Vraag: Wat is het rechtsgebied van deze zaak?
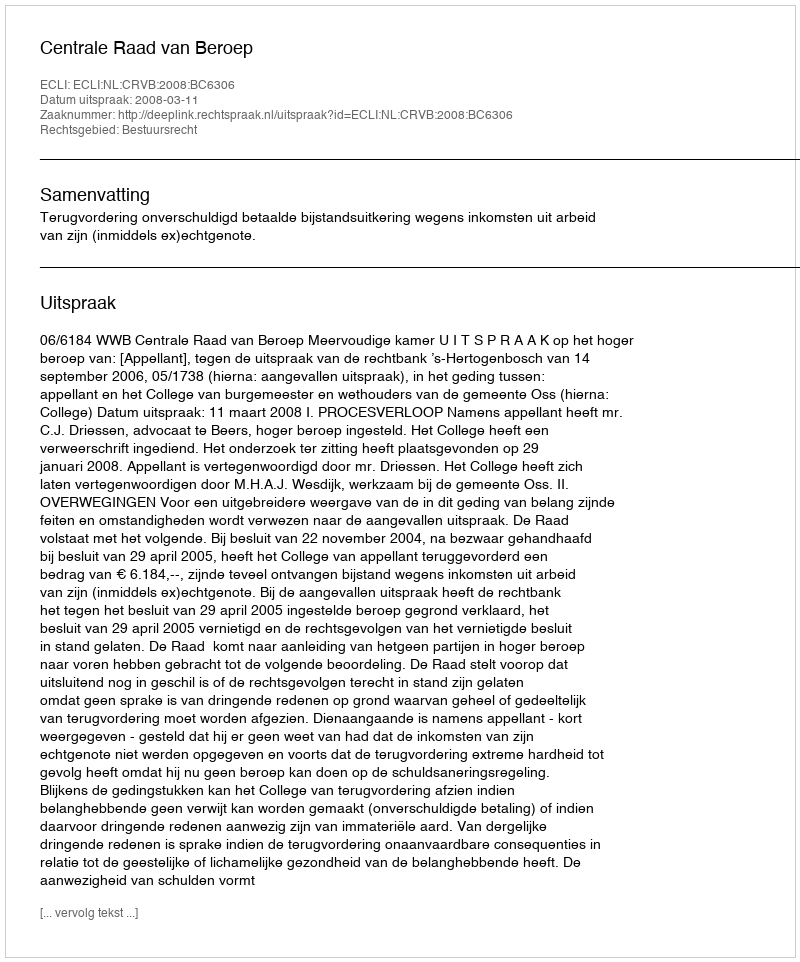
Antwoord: Bestuursrecht